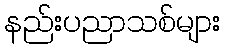
နည်းပညာသစ်များ